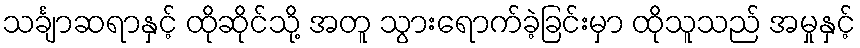
သင်္ချာဆရာနှင့် ထိုဆိုင်သို့ အတူ သွားရောက်ခဲ့ခြင်းမှာ ထိုသူသည် အမှုနှင့်